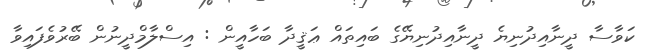
ކަވާސާ ދީނާއިދުނިޔެ ދީނާއިދުނިޔޭގެ ބައިތައް ޢަޤީދާ ބަހާއީން : އިސްލާމްދީނުން ބޭރުވެފައިވާ